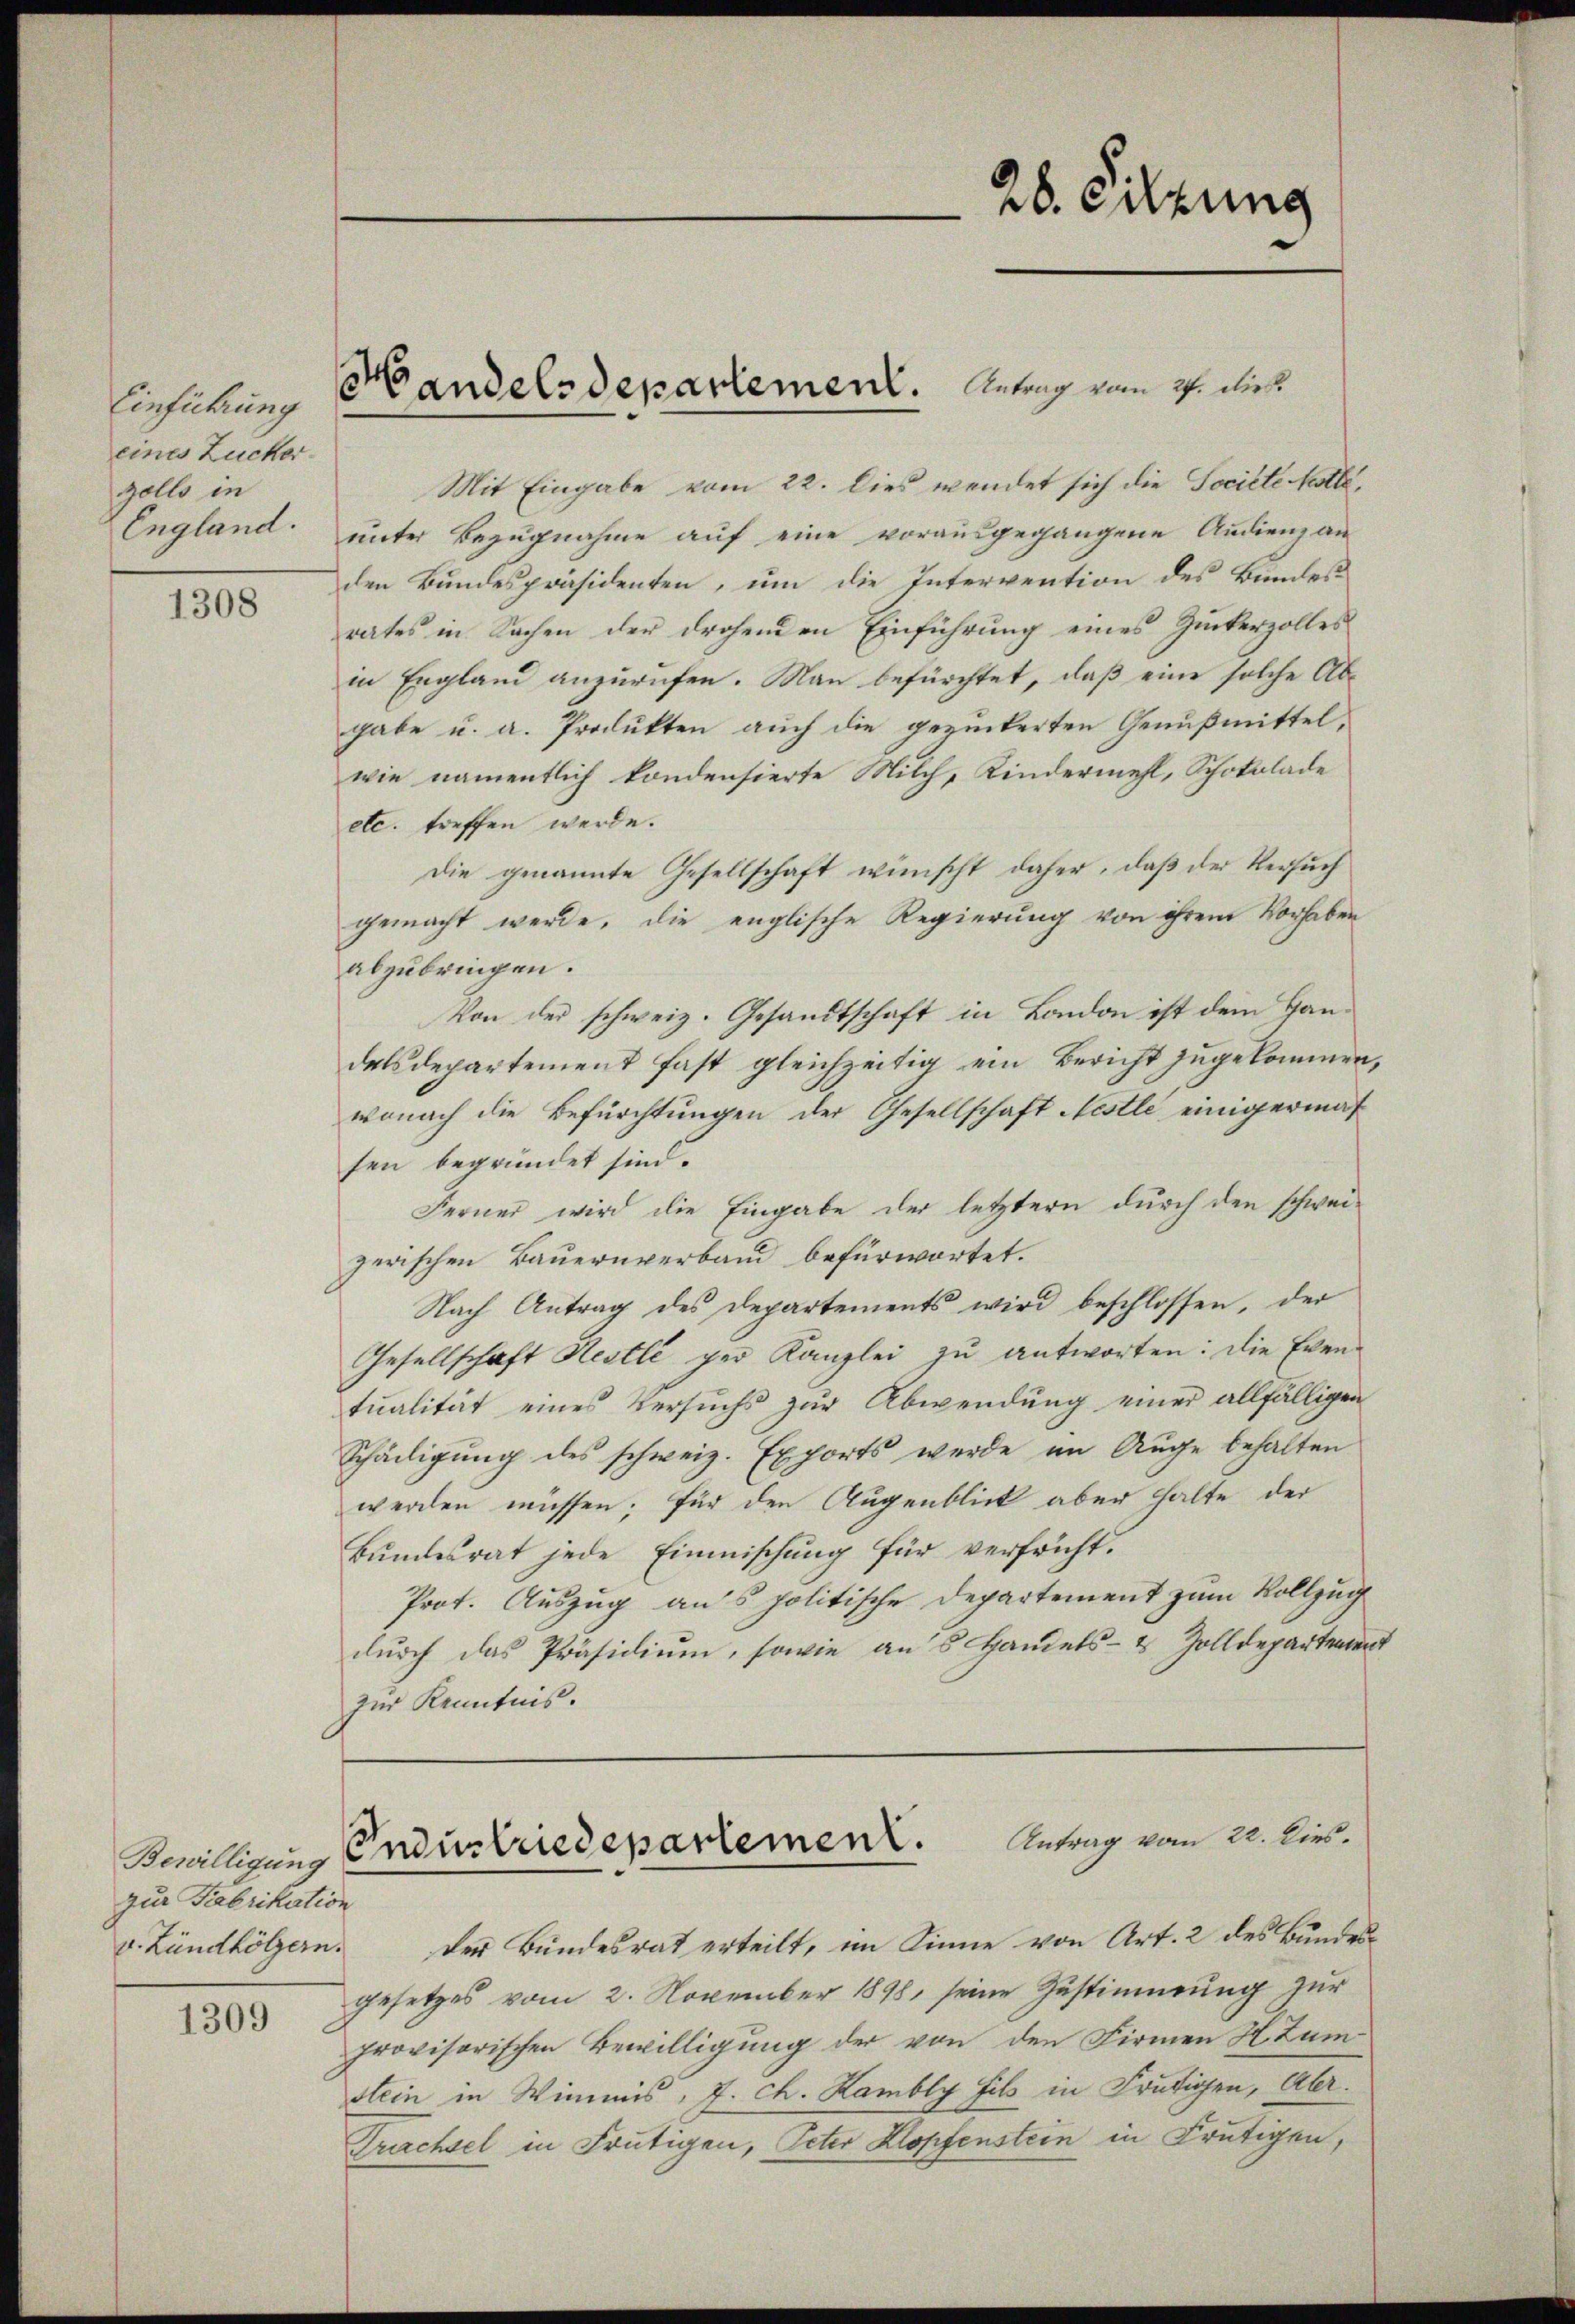
Einführung
eines Zucker
zolls in
England.

1308

Bewilligung
zur Fabrikation
v. Zündhölzern.

1309

.
Handelsdepartement. Antrag vom 2. dies

Mit Eingabe vom 22. Dies wendet sich die Societe Kolle,
unter Bezugnahme auf eine vorausgegangene Audienz an
den Bundespräsidenten, um die Intervention des Bundes
rates in Sachen der drohenden Einführung eines Zuckerzolles
in England anzurufen. Man befürchtet, daß eine solche Abgabe u. a. Produkten auch die gezuckerten Genußmittel,
wie namentlich kondensierte Milch, Kindermehl, Schokolade
etc. treffen werde.
Die genannte Gesellschaft wünscht daher, daß der Versuch
gemacht werde, die englische Regierung von ihrem Vorhaben
abzubringen.
Von der schweiz. Gesandtschaft in London ist dem Handelsdepartement fast gleichzeitig ein Bericht zugekommen,
wonach die Befürchtungen der Gesellschaft Nestle einigermaß
sen begründet sind.
Ferner wird die Eingabe der letztern durch den schwei-
zerischen Bauernverband befürwortet.
Nach Antrag des Departements wird beschlossen, der
Gesellschaft Nestli per Kanzlei zu antworten: die Eventŭalität eines Versuchs zŭr Abwendŭng einer allfälligen
Schädigung des schweiz. Exports werde im Auge behalten
werden müssen; für den Augenblick aber halte der
Bŭndesrat jede Einmischung für verfrüht.
Prot. Auszug aus politische Departement zum Vollzug
durch das Präsidium, sowie ans Handels- & Zolldepartement
zur Kenntnis.

der Bundesrat erteilt, im Sinne von Art. 2 des Bundesgesetzes vom 2. November 1898, seine Zustimmung zur
provisorischen Bewilligung der von den Firmen H. Zum
stein in Wimmis, J. ch. Kambly fils in Frutigen, Abr.
Trachsel in Frutigen, Peter Klopfenstein in Frutigen,

28. Sitzung

Industriedepartemen. Antrag vom 22. lies.